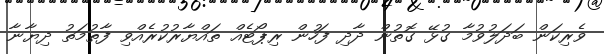
ވެރިކަން ބަދަލުވުމާ ގުޅޭ ގޮތުން ދާދި ފަހުން ރިޕޯޓެއް ތައްޔާރުކުރެއްވި ފާތުމަތު ދިޔާނާ